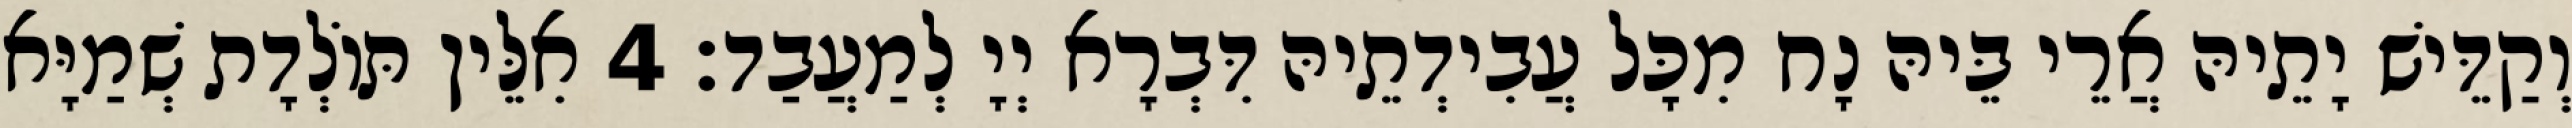
וְקַדֵּישׁ יָתֵיהּ אֲרֵי בֵּיהּ נָח מִכָּל עֲבִידְתֵיהּ דִּבְרָא יְיָ לְמַעֲבַד׃ 4 אִלֵּין תּוֹלְדָת שְׁמַיָּא